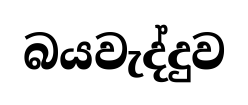
බයවැද්දුව